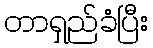
တာရှည်ခံပြီး